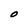
Character: O